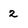
Character: 2